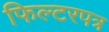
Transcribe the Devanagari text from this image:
फिल्टरपत्र